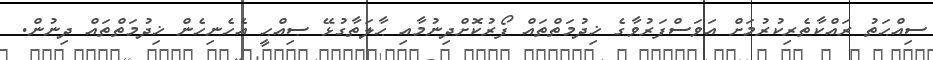
ސިއްޙަތު ރައްކާތެރިކުރުމަށް އަވަސްފަރުވާގެ ޚިދުމަތްތައް ފޯރުކޮށްދިނުމާއި ޙާލަތާގުޅޭ ޞިއްޙީ އެހެނިހެން ޚިދުމަތްތައް ދިނުން.